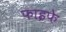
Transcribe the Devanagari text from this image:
फाइफे